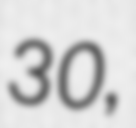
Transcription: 30,